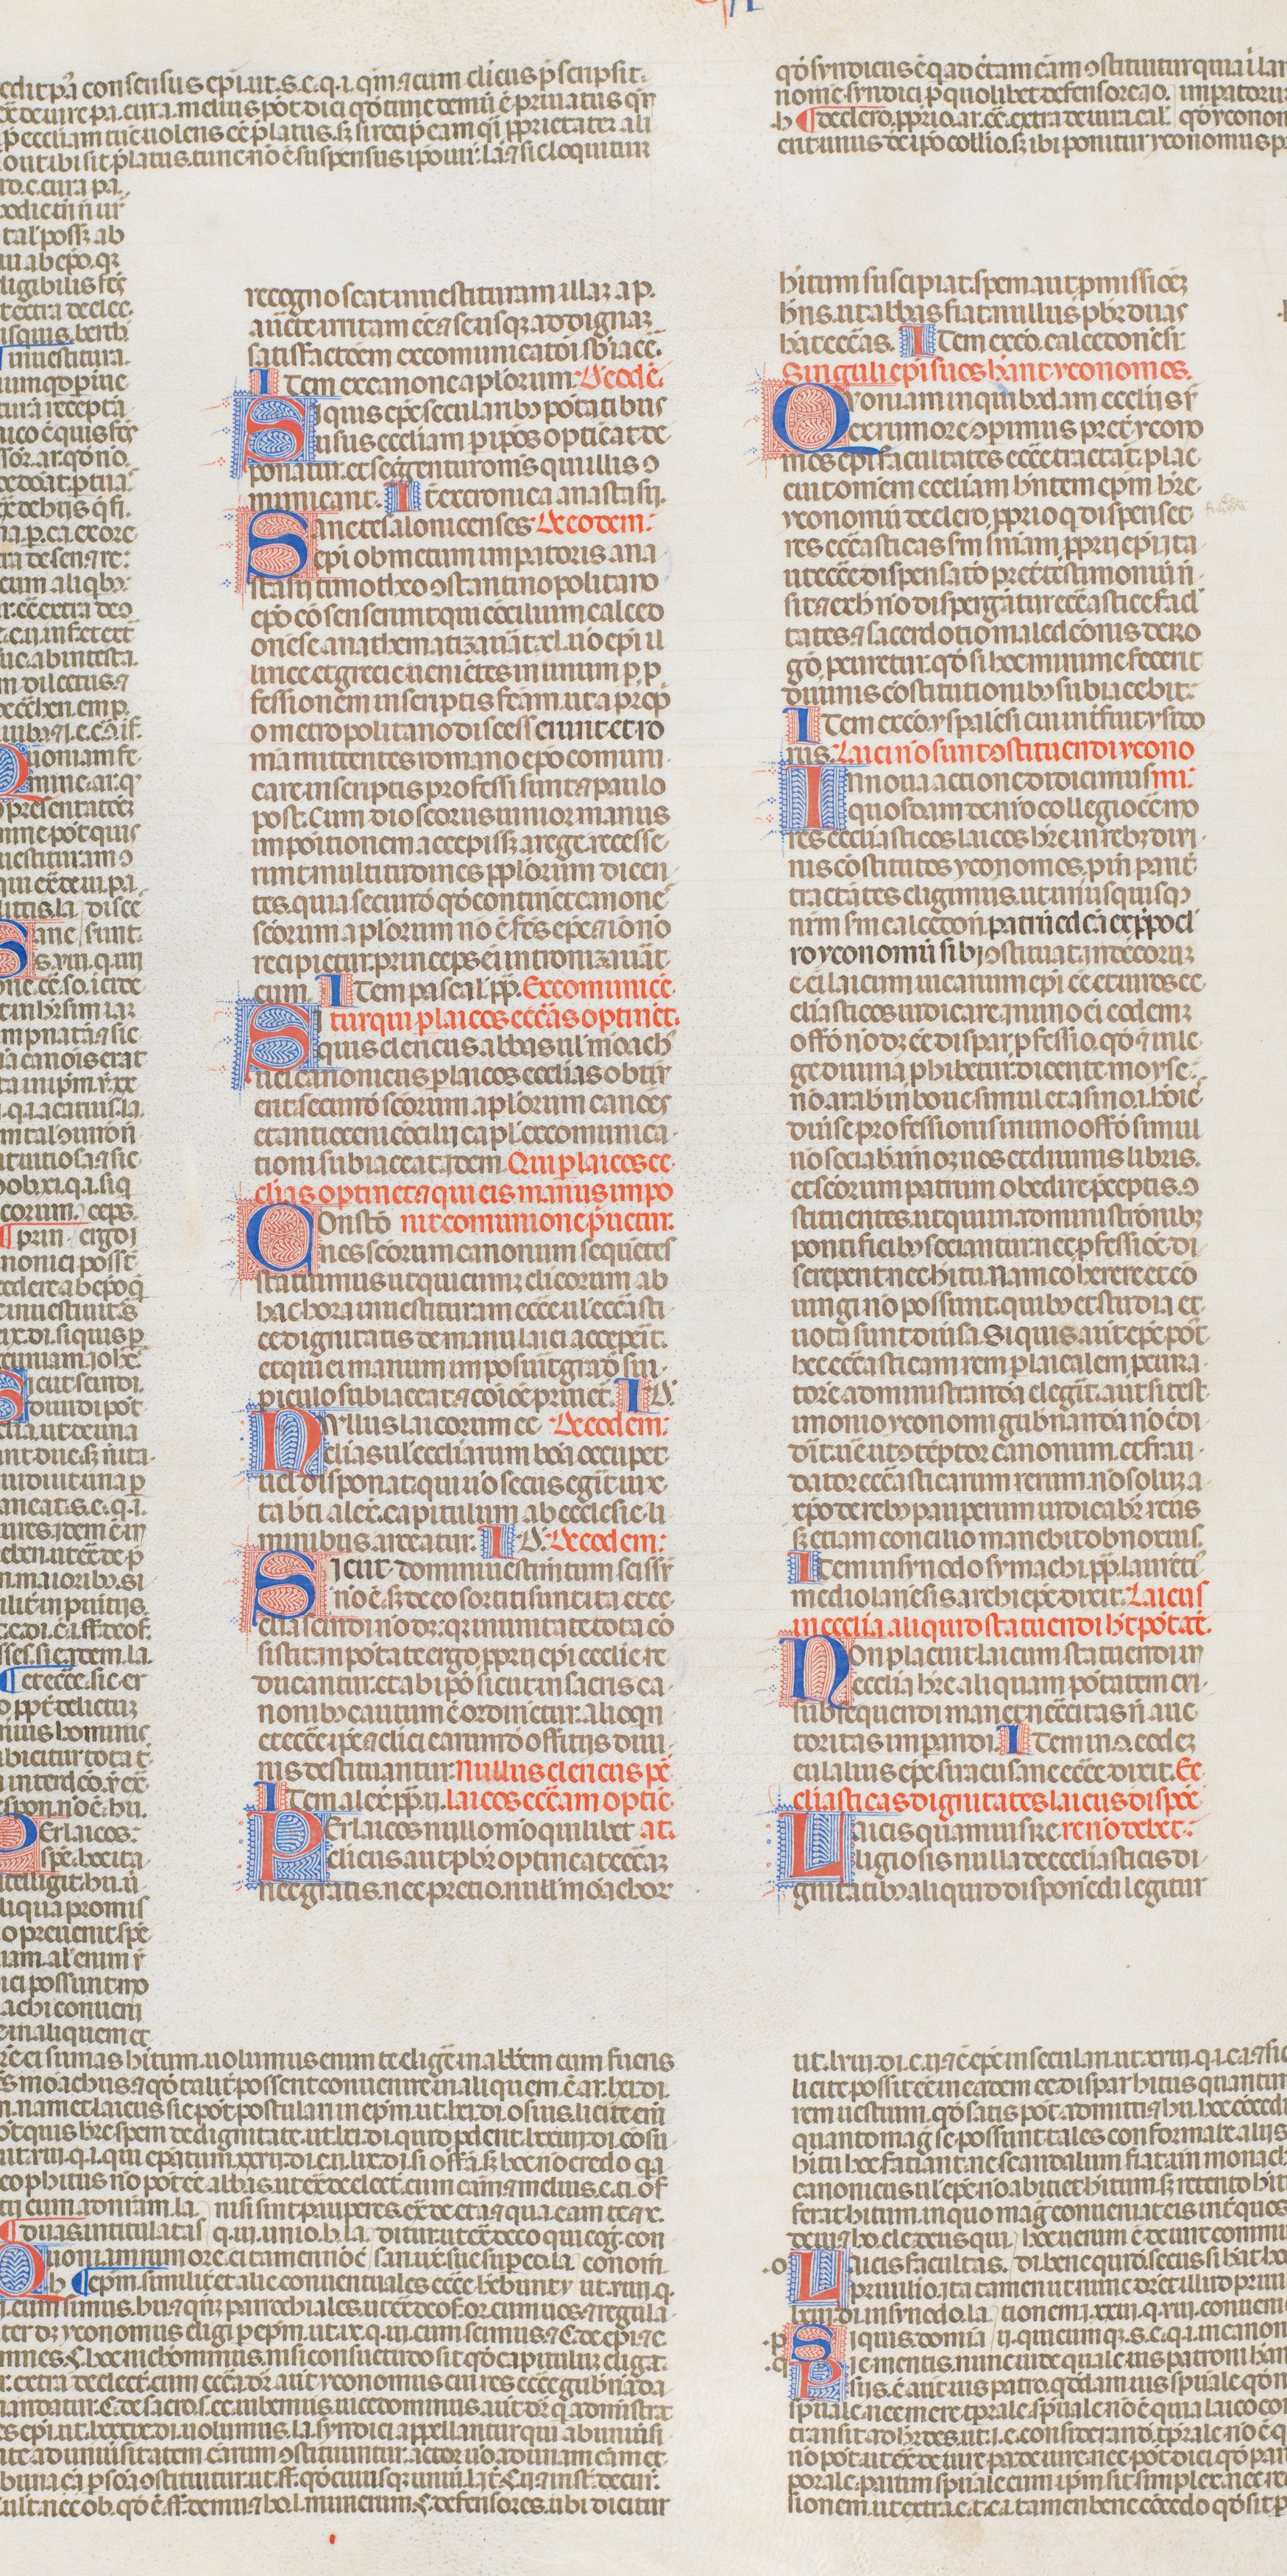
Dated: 1340–1350